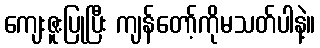
ကျေးဇူးပြုပြီး ကျန်တော့်ကိုမသတ်ပါနဲ့။